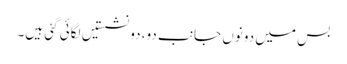
بس میں دونوں جانب دو، دو نشستیں لگائی گئی ہیں۔